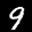
Label: 9